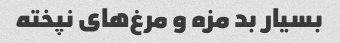
بسیار بد مزه و مرغ‌های نپخته